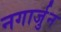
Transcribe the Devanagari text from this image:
नगार्जुन